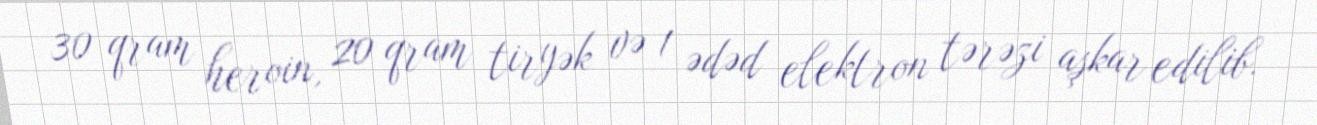
30 qram heroin, 20 qram tiryək və 1 ədəd elektron tərəzi aşkar edilib.